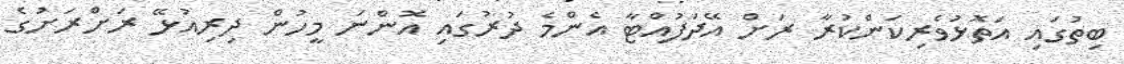
ބިތުގައި އަތޮޅުވެރިކަންކުރާ ރަށް އޭދަފުއްޓާ އެންމެ ދުރުގައި އޮންނަ މީހުން ދިރިއުޅޭ ރަށްރަށުގެ